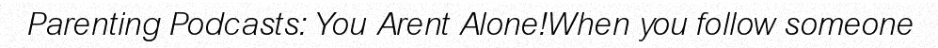
Parenting Podcasts: You Arent Alone!When you follow someone